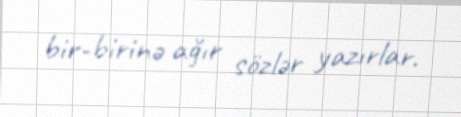
bir-birinə ağır sözlər yazırlar.